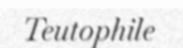
Teutophile